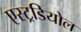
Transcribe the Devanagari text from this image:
एस्ट्रडियोल